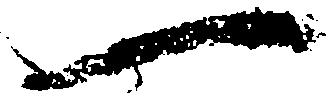
一